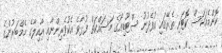
ކޮންމެއަކަސް ކޮޓަރި ތެރޭގައި އުފެދުނު ސްޓޫޑިއޯގެ މަސައްކަތް ފުޅާވެ އެކުވެރިންނާއި އާއިލާގެ މެމްބަރުންގެ